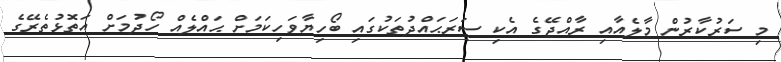
މި ސަރުކާރުން މާލެއާއި ރާއްޖޭގެ އެކި ސަރަޙައްދުތަކުގައި ބޯހިޔާވަހިކަމަށް ޙައްލެއް ހޯދުމަށް އަތޮޅުތެރޭގެ